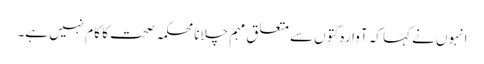
انہوں نے کہا کہ آوارہ کتوں سے متعلق مہم چلانا محکمہ صحت کا کام نہیں ہے۔